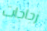
زجاجات